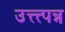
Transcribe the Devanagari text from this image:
उत्त्त्पन्न